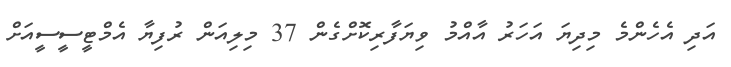
އަދި އެހެންމެ މިދިޔަ އަހަރު އާއްމު ވިޔަފާރިކޮށްގެން 37 މިލިއަން ރުފިޔާ އެމްޓީސީސީއަށް